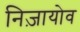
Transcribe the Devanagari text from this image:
निज़ायोव